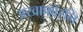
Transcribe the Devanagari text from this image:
अखाफोरनि